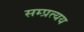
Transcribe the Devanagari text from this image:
सम्प्रत्यय